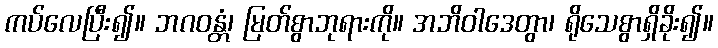
ကပ်လေပြီး၍။ ဘဂဝန္တံ၊ မြတ်စွာဘုရားကို။ အဘိဝါဒေတွာ၊ ရိုသေစွာရှိခိုး၍။